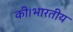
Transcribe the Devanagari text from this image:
की।भारतीय